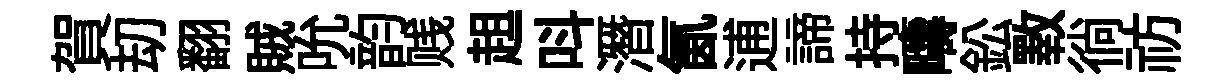
賀刧翻賊吮韵贱趄呌潛氤逋諦持疇鈆斁徜祊